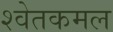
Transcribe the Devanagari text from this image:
श्वेतकमल